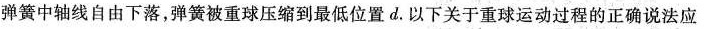
弹簧中轴线自由下落，弹簧被重球压缩到最低位置d。以下关于重球运动过程的正确说法应